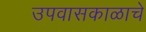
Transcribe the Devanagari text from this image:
उपवासकाळाचे